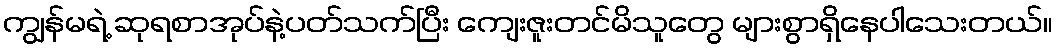
ကျွန်မရဲ့ ဆုရစာအုပ်နဲ့ပတ်သက်ပြီး ကျေးဇူးတင်မိသူတွေ များစွာရှိနေပါသေးတယ်။